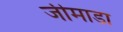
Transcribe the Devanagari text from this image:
जीमाडा